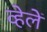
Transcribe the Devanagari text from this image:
व्हेलें